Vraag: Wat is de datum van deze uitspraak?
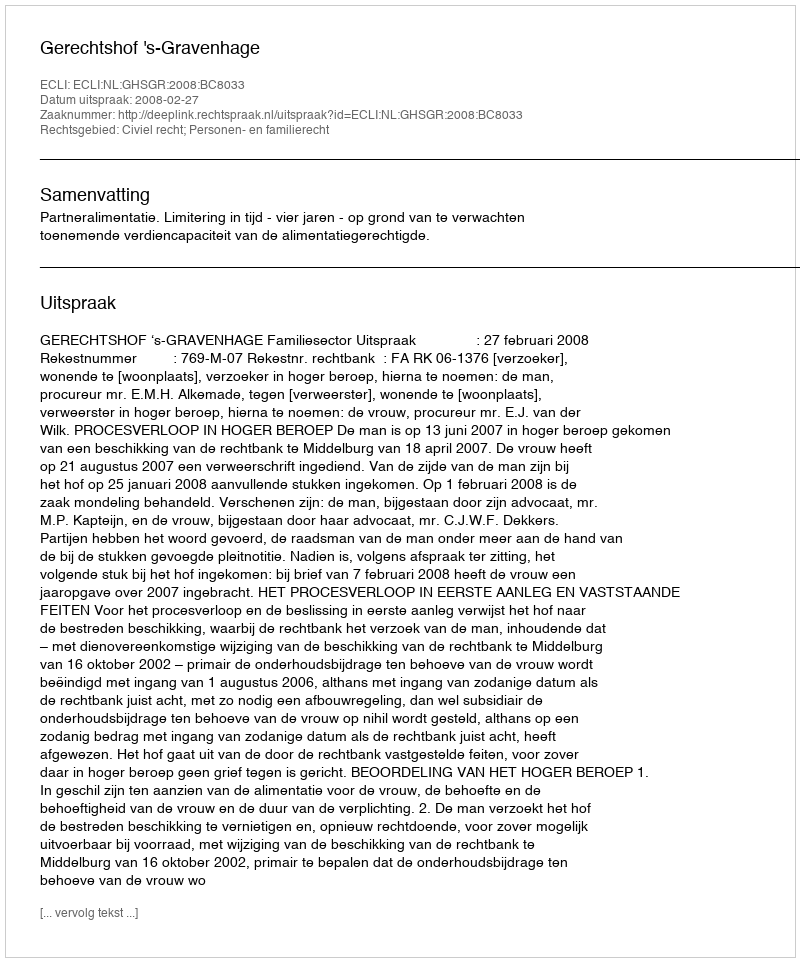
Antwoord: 2008-02-27